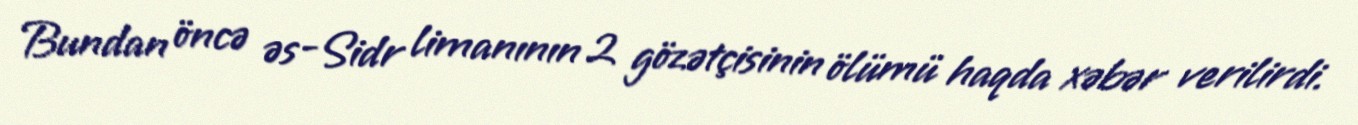
Bundan öncə əs-Sidr limanının 2 gözətçisinin ölümü haqda xəbər verilirdi.